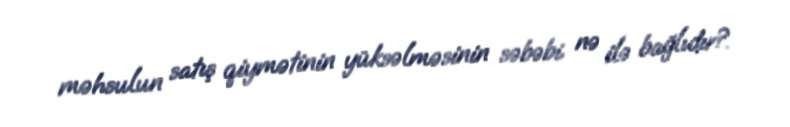
məhsulun satış qiymətinin yüksəlməsinin səbəbi nə ilə bağlıdır?.